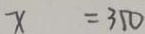
x = 3 5 0